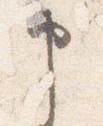
申